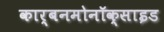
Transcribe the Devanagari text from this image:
कार्बनमोनॉक्साइड